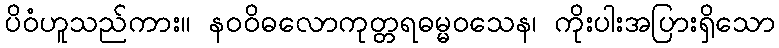
ပိဝံဟူသည်ကား။ နဝဝိဓလောကုတ္တရဓမ္မဝသေန၊ ကိုးပါးအပြားရှိသော